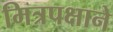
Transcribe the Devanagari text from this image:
मित्रपक्षाने